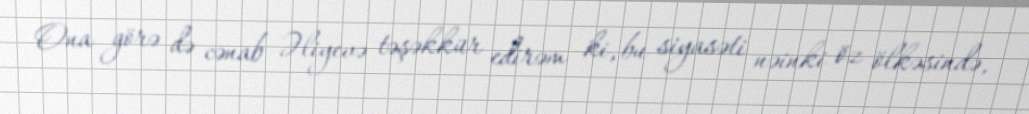
Ona görə də cənab Əliyevə təşəkkür edirəm ki, bu siyasəti nəinki öz ölkəsində,